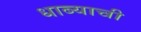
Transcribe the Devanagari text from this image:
धाब्याची